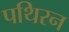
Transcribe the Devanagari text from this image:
पथिरन